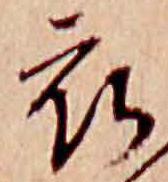
衣